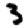
Digit: 3